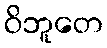
ဝိဘူတေ